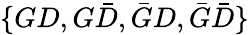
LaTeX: \{ GD,G{\bar{D}},{\bar{G}}D,{\bar{G}}{\bar{D}}\}